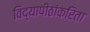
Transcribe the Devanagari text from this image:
विद्यापीठांकरिता